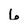
Character: 6